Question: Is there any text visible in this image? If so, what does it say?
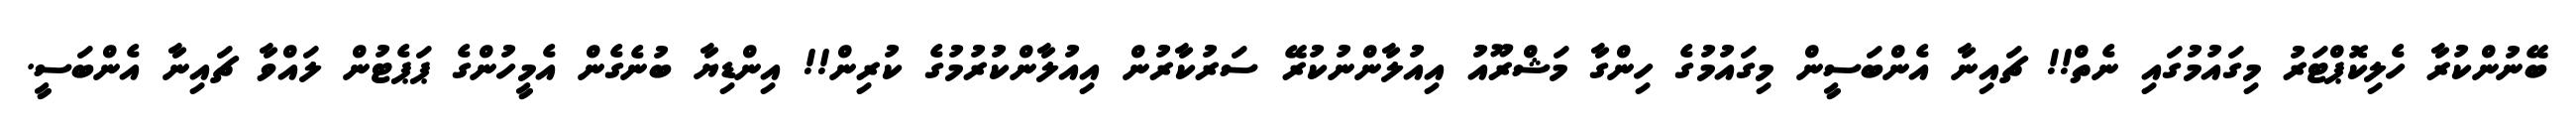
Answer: ބޭނުންކުރާ ހެލިކޮޕްޓަރު މިގައުމުގައި ނެތް!! ޗައިނާ އެންބަސީން މިގައުމުގެ ހިންގާ މަޝްރޫއު އިއުލާންނުކުރޭ ސަރުކާރުން އިއުލާންކުރުމުގެ ކުރިން!! އިންޑިޔާ ބުނެގެން އެމީހުންގެ ޕަޕެޓުން ލައްވާ ޗައިނާ އެންބަސީ.